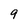
Character: 9